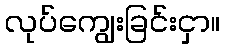
လုပ်ကျွေးခြင်းငှာ။